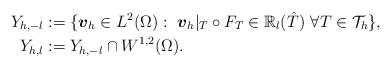
LaTeX: \begin{align*} Y_{h,-l} & := \lbrace \boldsymbol{v}_h \in L^2(\Omega):~\boldsymbol{v}_h|_T \circ F_T \in {\mathbb R}_l(\hat T)~ \forall T \in {\mathcal T}_h \rbrace, \\ Y_{h,l} & := Y_{h,-l} \cap W^{1,2}(\Omega).\end{align*}